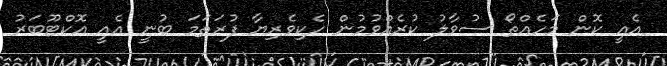
އެއީ ކޮން މަހެއްތޯ ސުވާލު ކުރެއްވުމުން ހެކިވެރިޔާ ފުރަތަމަ ބުނީ އެއީ އޮކްޓޫބަރު